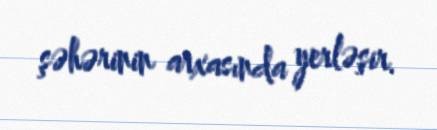
şəhərinin arxasında yerləşir.